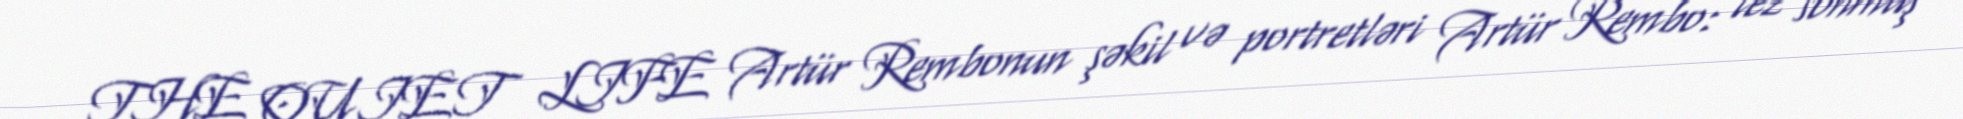
THE QUIET LIFE Artür Rembonun şəkil və portretləri Artür Rembo: tez sönmüş